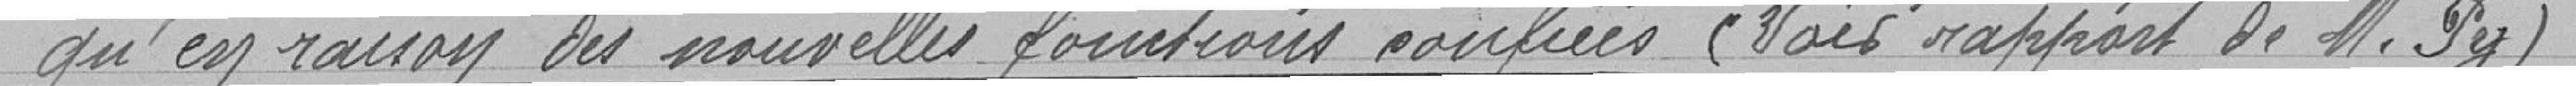
qu'en raison des nouvelles fonctions confiées (Voir rapport de Monsieur Py)